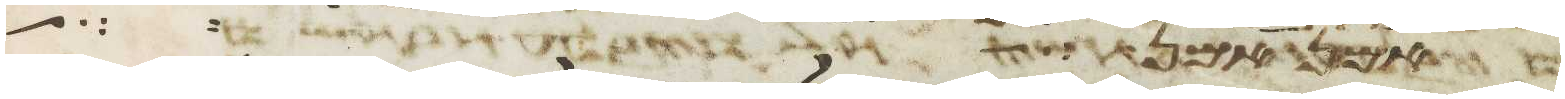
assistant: אף אני בחלמי והנה שלשה